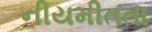
નીયમીતતા